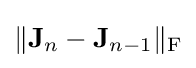
\|\mathbf {J} _{n}-\mathbf {J} _{n-1}\|_{\rm {F}}